Scottish Leaving Certificate Examination, 1960
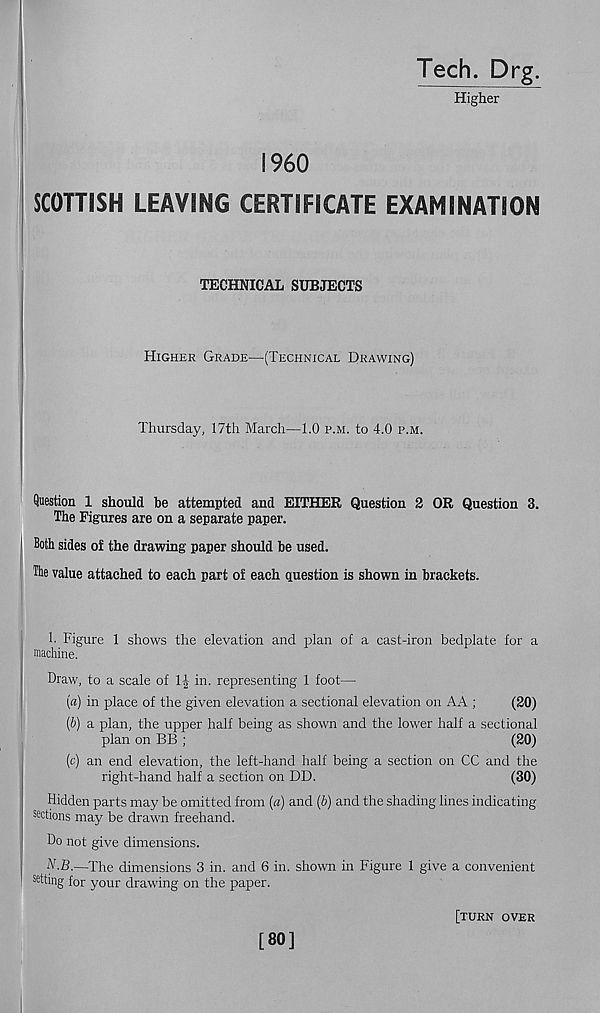
Tech. Drg.
Higher
I960
SCOTTISH LEAVING CERTIFICATE EXAMINATION
TECHNICAL SUBJECTS
Higher Grade—(Technical Drawing)
Thursday, 17th March—1.0 p.m. to 4.0 p.m.
Question 1 should be attempted and EITHER Question 2 OR Question 3.
The Figures are on a separate paper.
Both sides of the drawing paper should be used.
The value attached to each part of each question is shown in brackets.
b Figure 1 shows the elevation and plan of a cast-iron bedplate for a
machine.
Draw, to a scale of 1| in. representing 1 foot—
(a) in place of the given elevation a sectional elevation on AA ;
(20)
(b) a plan, the upper half being as shown and the lower half a sectional
plan on BB ;
(20)
(c) an end elevation, the left-hand half being a section on CC and the
right-hand half a section on DD.
(30)
Hidden parts may be omitted from (a) and (b) and the shading lines indicating
Actions may be drawn freehand.
Do not give dimensions.
N-B.—The dimensions 3 in. and 6 in. shown in Figure 1 give a convenient
setting for your drawing on the paper.
[80]
[turn over